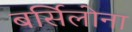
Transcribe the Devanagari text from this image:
बर्सिलोना